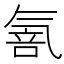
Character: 𱥫